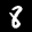
Label: 8